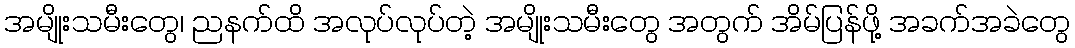
အမျိုးသမီးတွေ၊ ညနက်ထိ အလုပ်လုပ်တဲ့ အမျိုးသမီးတွေ အတွက် အိမ်ပြန်ဖို့ အခက်အခဲတွေ